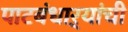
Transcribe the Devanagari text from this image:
पाटबंधाऱ्यांची